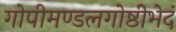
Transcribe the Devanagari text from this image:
गोपीमण्डलगोष्ठीभेदं